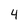
Character: 4